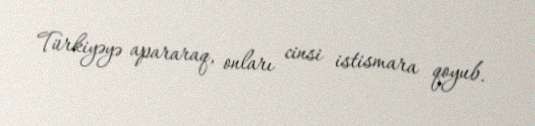
Türkiyəyə apararaq, onları cinsi istismara qoyub.